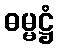
ဓမ္မဋ္ဌံ